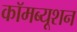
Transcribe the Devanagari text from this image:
कॉमब्यूशन